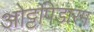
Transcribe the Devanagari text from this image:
ओट्टपिडारम